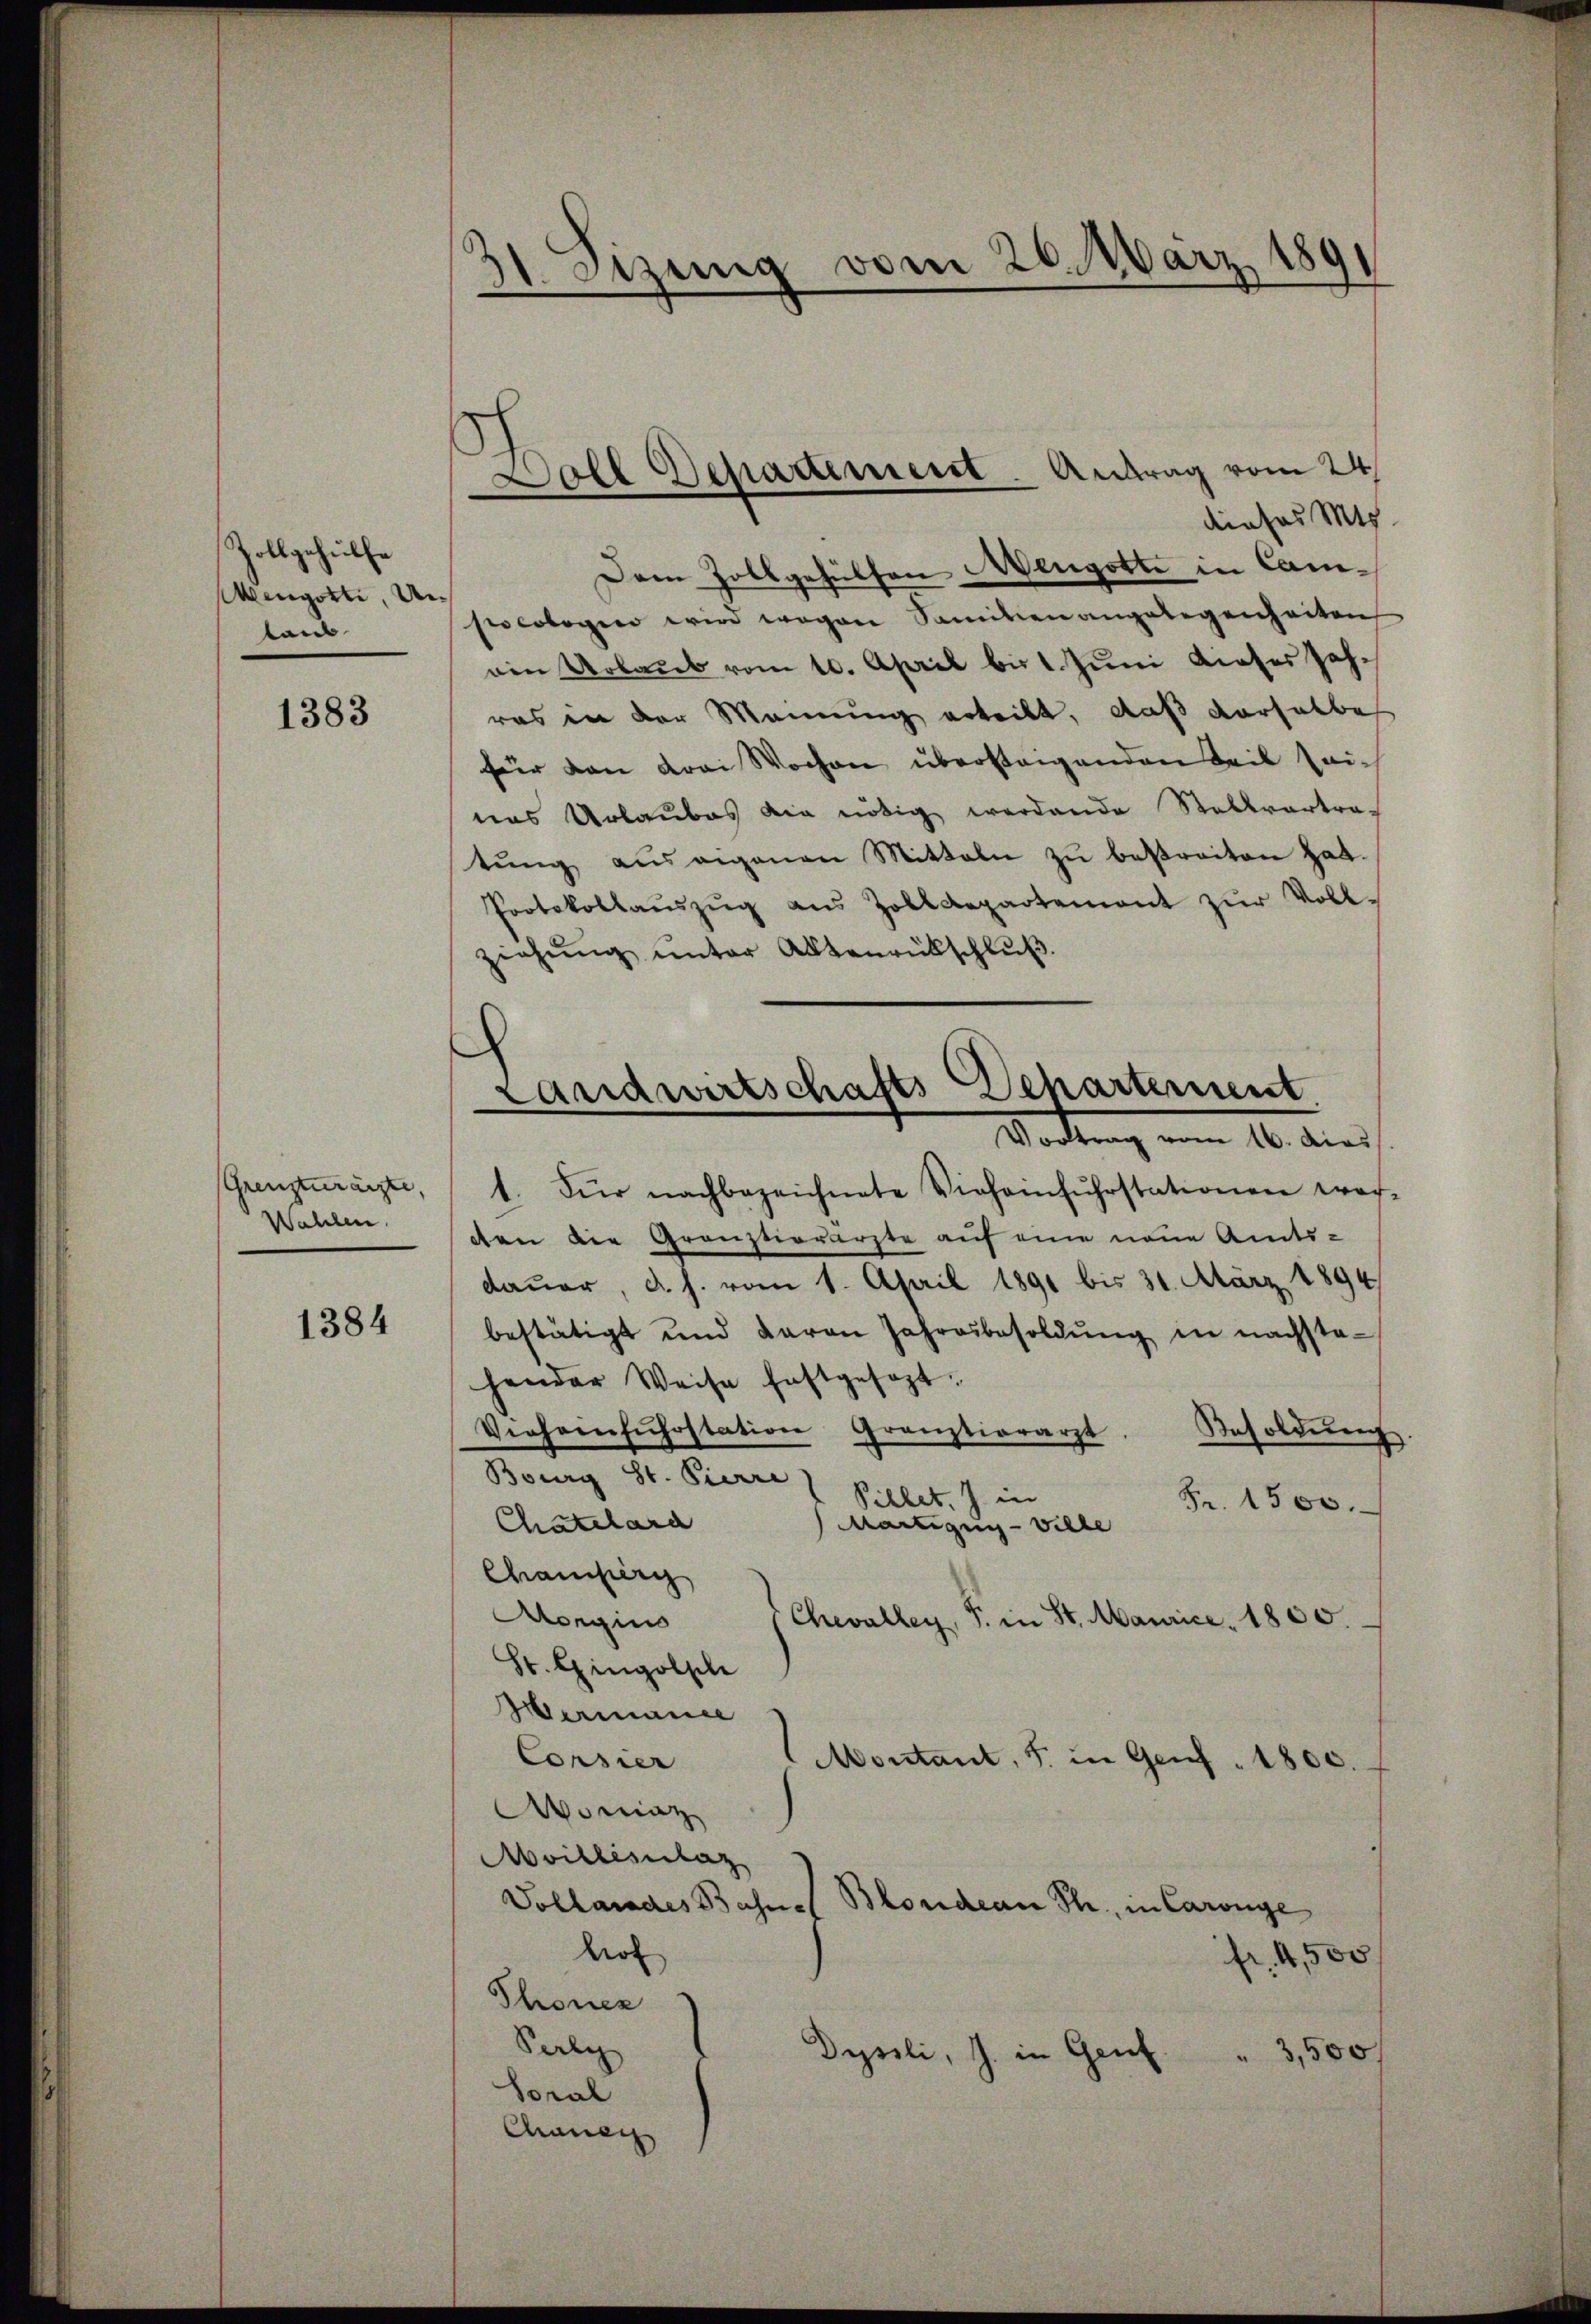
Zollgehülfe
Wengotti, Unlaub

1383

(Grenzzurärzte,
Wahlen.

1384

dt. Stung vom 26. März 186
e
.
s
—

Dole Departement. Antrag vom 24.

dieses Mis
Dem Zollgehülfen Wengotte in Camsocobogen wird wegen Samilienangelegenheiten
ain Urlaub vom 10. April bis 1. Juni dieser Jahras in der Meinung erteilt, daß derselbe
für den drei Wochen überstagenden Teil leich
nas Urlaubes die nötig werdende Stellvertra-
tŭng auseigenen Mitteln zŭ betreiten hat.
Protokollaŭszŭg aŭs Zolldepartement zŭr Voll-
ziehŭng ŭnter Aktenrückschlŭβ
s
t. Für nachbezeichnete Viehainfŭhrstationen wor-
den die Grauztierärzte auf eine neue Amts-
dauer, d. h. vom 1. April 1891 bis 31. März 1894/
bestätigt und davon Jahresbesoldŭng in nachsta-
hander Weise festgesezt.
Verheinfuhrstation Grauztiorarzt
Resolderenz
Bourg St. Pierre
Pillet, J. in
Fr. 1500.
Chatelard
Martigny-Ville
Chamberg
Aongius
Chevalley, S. in St. Maurice, 1850.
St. Gingolph
Hermanie
Corsier
Montant, 5. in Genf 1800.
maz
Avilliselaz
Vollandes Bahne
Blondean Th. in Carnge
hot
fr. 4,500
Thoner
Sule
Depsili, J. in Genf " 3,500 f
Soral
Chanen

Landwirtschafts-Departement
Vortrag vom 16. Das